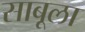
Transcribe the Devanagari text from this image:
साबूला